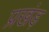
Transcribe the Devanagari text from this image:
प्रखंड़